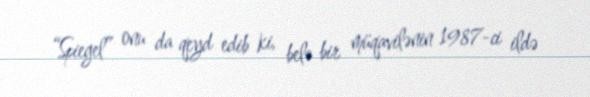
“Spiegel” onu da qeyd edib ki, belə bir müqavilənin 1987-ci ildə